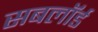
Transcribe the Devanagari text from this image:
सबलॉर्ड